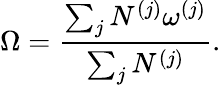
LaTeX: \Omega=\frac{\sum_{j}N^{(j)}\omega^{(j)}}{\sum_{j}N^{(j)}}.